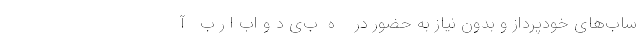
ساب‌های خودپرداز و بدون نیاز به حضور در    ه  ب‌ی د و اب ا ر ب   آ